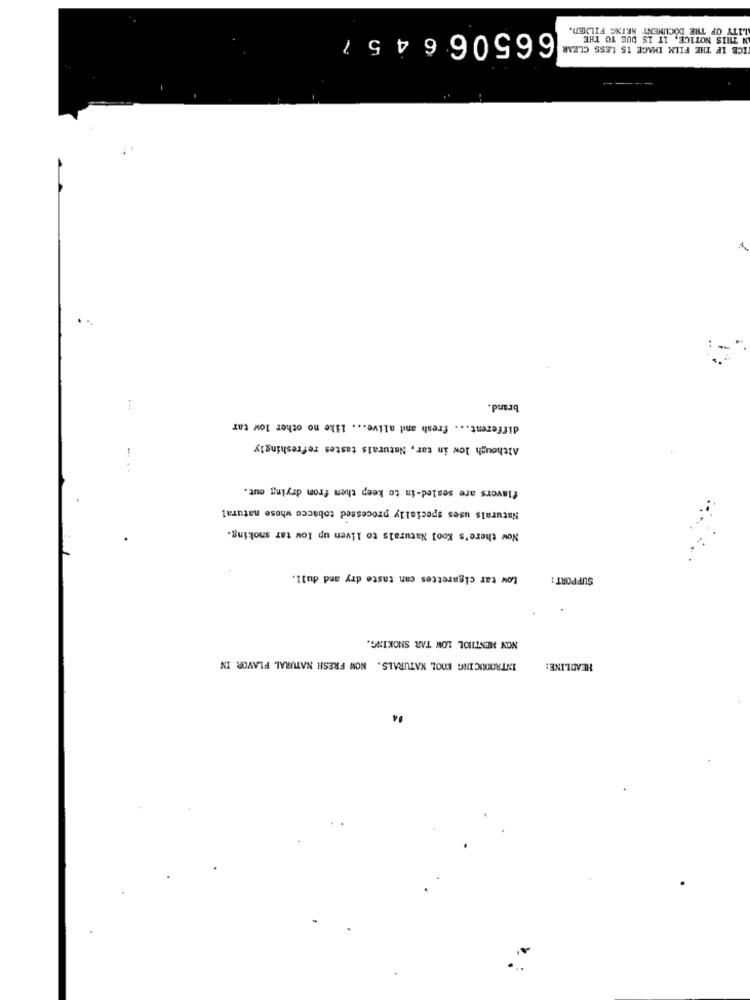
66506645
LITY OF THE DOCUMENT ARING FILMEN.
IN THIS NOTICE, IT IS DUE TO THE
ICE IF THE FILM IMAGE IS LESS CLEAR
brand.
different ... fresh and alive ... like no other low tar
Although low in tar, Naturals tastes refreshingly
... ..
flavors are sealed-in to keep them from drying out.
Naturals uses specially processed tobacco whose natural
Now there's Kool Naturals to liven up low tar smoking.
Low tar cigarettes can taste dry and dull.
SUPPORT :
NON MENTHOL LOW TAR SNOKING.
INTRODUCING KOOL NATURALS. NOW FRESH NATURAL FLAVOR IN
HEADLINE:
14